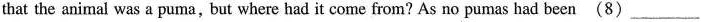
that the animal was a puma,but where had it come from? As no pumas had been (8)___